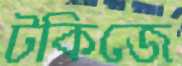
টকিজে